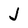
Character: J